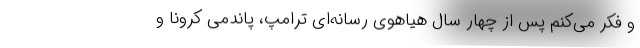
و فکر می‌کنم پس از چهار سال هیاهوی رسانه‌ای ترامپ، پاندمی کرونا و